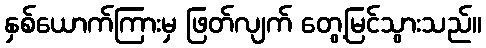
နှစ်ယောက်ကြားမှ ဖြတ်လျက် တွေ့မြင်သွားသည်။